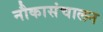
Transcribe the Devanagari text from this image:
नौकासंचालन